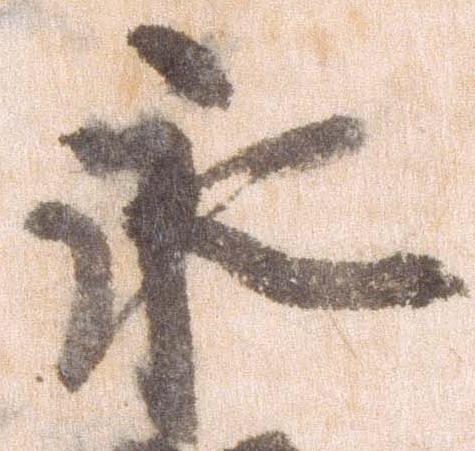
永